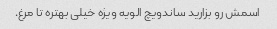
اسمش رو بزارید ساندویچ الویه ویژه خیلی بهتره تا مرغ.